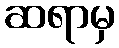
ဆရာမှ